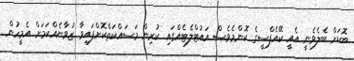
ބޮޑަށް ބެލެވެނީ އެއީ ކޭއެފްސީގެ ކޮންމެވެސް އައުޓްލެޓެއްގައި ކުރިން މަސައްކަތްކޮށްފައިވާ ޒުވާނެއްކަމަށް އެމީހުން